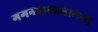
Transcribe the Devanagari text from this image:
गगनबावड्यामध्ये